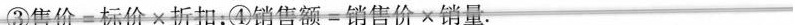
③$$售 价 = 标 价 × 折 扣$$；④$$销 售 额 = 销 售 价 × 销 量$$.